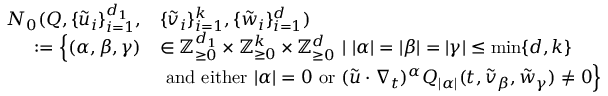
\begin{array} { r l } { N _ { 0 } ( Q , \{ \tilde { u } _ { i } \} _ { i = 1 } ^ { d _ { 1 } } , } & { \{ \tilde { v } _ { i } \} _ { i = 1 } ^ { k } , \{ \tilde { w } _ { i } \} _ { i = 1 } ^ { d } ) } \\ { : = \Big \{ ( \alpha , \beta , \gamma ) } & { \in { \mathbb Z } _ { \geq 0 } ^ { d _ { 1 } } \times { \mathbb Z } _ { \geq 0 } ^ { k } \times { \mathbb Z } _ { \geq 0 } ^ { d } \ | \ | \alpha | = | \beta | = | \gamma | \leq \operatorname* { m i n } \{ d , k \} } \\ & { \mathrm { ~ a n d ~ e i t h e r ~ } | \alpha | = 0 \mathrm { ~ o r ~ } ( \tilde { u } \cdot \nabla _ { t } ) ^ { \alpha } Q _ { | \alpha | } ( t , \tilde { v } _ { \beta } , \tilde { w } _ { \gamma } ) \neq 0 \Big \} } \end{array}